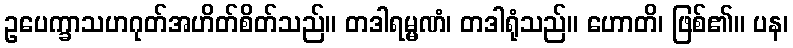
ဥပေက္ခာသဟဂုတ်အဟိတ်စိတ်သည်။ တဒါရမ္မဏံ၊ တဒါရုံသည်။ ဟောတိ၊ ဖြစ်၏။ ပန၊